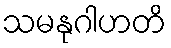
သမနုဂါဟတိ